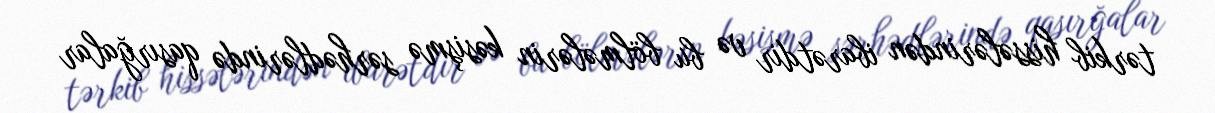
tərkib hissələrindən ibarətdir və bu bölmələrin kəsişmə sərhədlərində qasırğalar